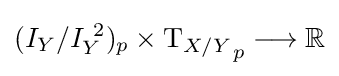
(I_{Y}/I_{Y}^{\ 2})_{p}\times {\mathrm {T} _{X/Y}}_{p}\longrightarrow \mathbb {R}